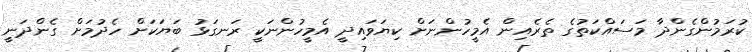
ކުރަމުންގެންދާ މަސައްކަތުގެ ތެރެއިން އެމީހުންނަށް ކިޔަވައިދީ އެމީހުންނަކީ ރަނގަޅު ބަޔަކަށް ހެދުމަށް ގެންދަނީ